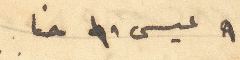
9 عيسى 10 حنا